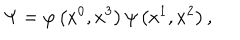
\Psi = \varphi \left( x ^ { 0 } , x ^ { 3 } \right) \psi \left( x ^ { 1 } , x ^ { 2 } \right) ,